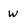
Character: W